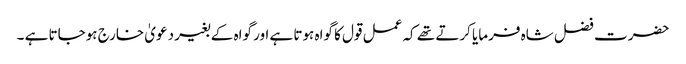
حضرت فضل شاہ فرمایا کرتے تھے کہ عمل قول کا گواہ ہوتا ہے اور گواہ کے بغیر دعویٰ خارج ہوجاتا ہے ۔